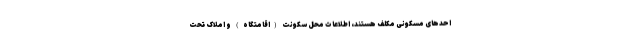
احدهای مسکونی مکلف هستند، اطلاعات محل سکونت (اقامتگاه) و املاک تحت